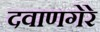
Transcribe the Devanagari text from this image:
दवाणगेरे